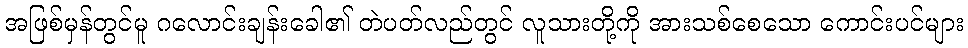
အဖြစ်မှန်တွင်မူ ဂလောင်းချန်းခေါ၏ တဲပတ်လည်တွင် လူသားတို့ကို အားသစ်စေသော ကောင်းပင်များ